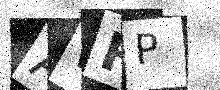
Text: AWRP